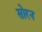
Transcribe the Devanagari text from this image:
सोरन